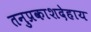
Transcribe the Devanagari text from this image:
तनुप्रकाशदेहाय